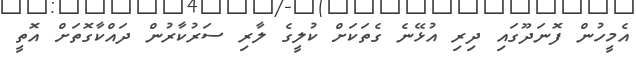
އެމީހުން ފޮނަދޫގައި ދިރި އުޅޭނެ ގެތަކަށް ކުލީގެ ލާރި ސަރުކާރުން ދައްކާގޮތަށް އޮތީ